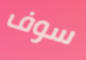
سوف